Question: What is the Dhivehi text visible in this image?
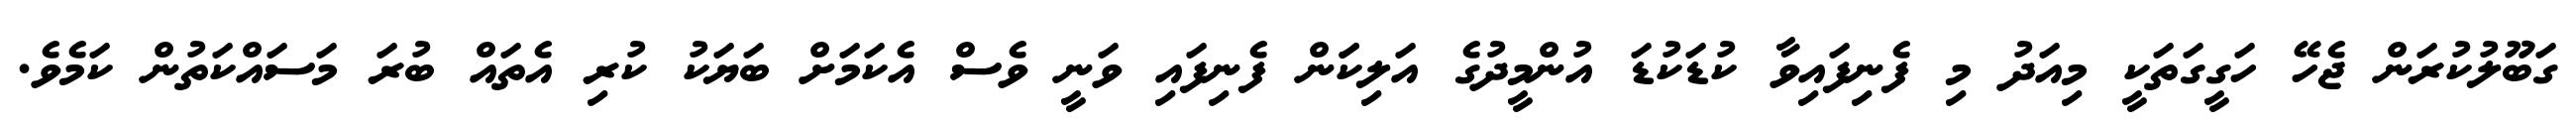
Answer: ގަބޫލުކުރަން ޖެހޭ ހަގީގަތަކީ މިއަދު މި ފެނިފައިވާ ކުޑަކުޑަ އުންމީދުގެ އަލިކަަން ފެނިފައި ވަނީ ވެސް އެކަމަށް ބަޔަކު ކުރި އެތައް ބުރަ މަސައްކަތުން ކަމެވެ.